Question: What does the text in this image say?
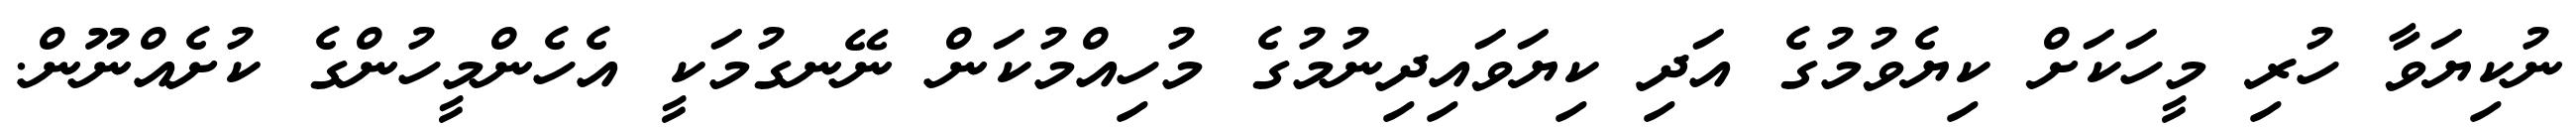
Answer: ނުކިޔަވާ ހުރި މީހަކަށް ކިޔެވުމުގެ އަދި ކިޔަވައިދިނުމުގެ މުހިއްމުކަން ނޭނގުމަކީ އެހެންމީހުންގެ ކުށެއްނޫން.